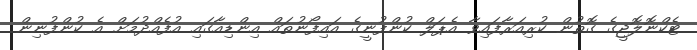
ޓެކްނޮލޮޖީގެ ގޮތުން ކުރިއަރާފައިވާ އެޕަލް ކުންފުނީގެ އައިފޯނުތައް އިންޑިއާގައި އުފެއްދުމަށް އެ ކުންފުނިން